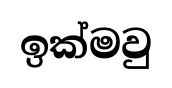
ඉක්මවු